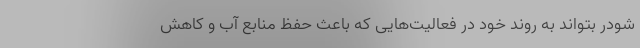
شودر بتواند به روند خود در فعالیت‌هایی که باعث حفظ منابع آب و کاهش